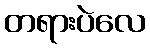
တရားပဲလေ